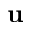
{ \bf u }